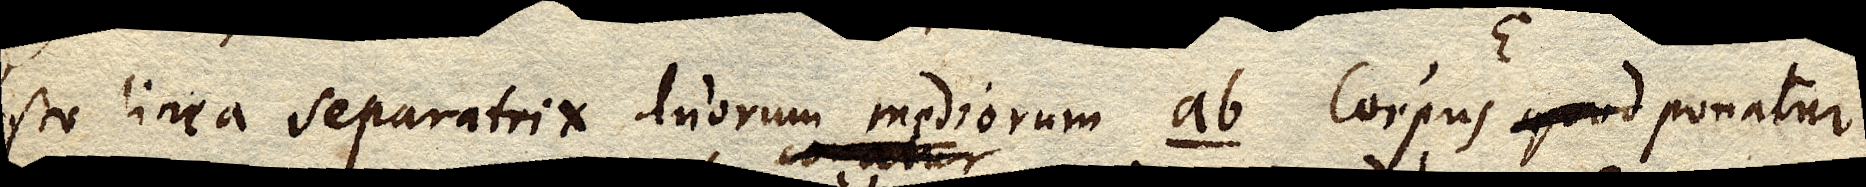
Esto linea separatrix duorum mediorum ab Corpus quod ponatur